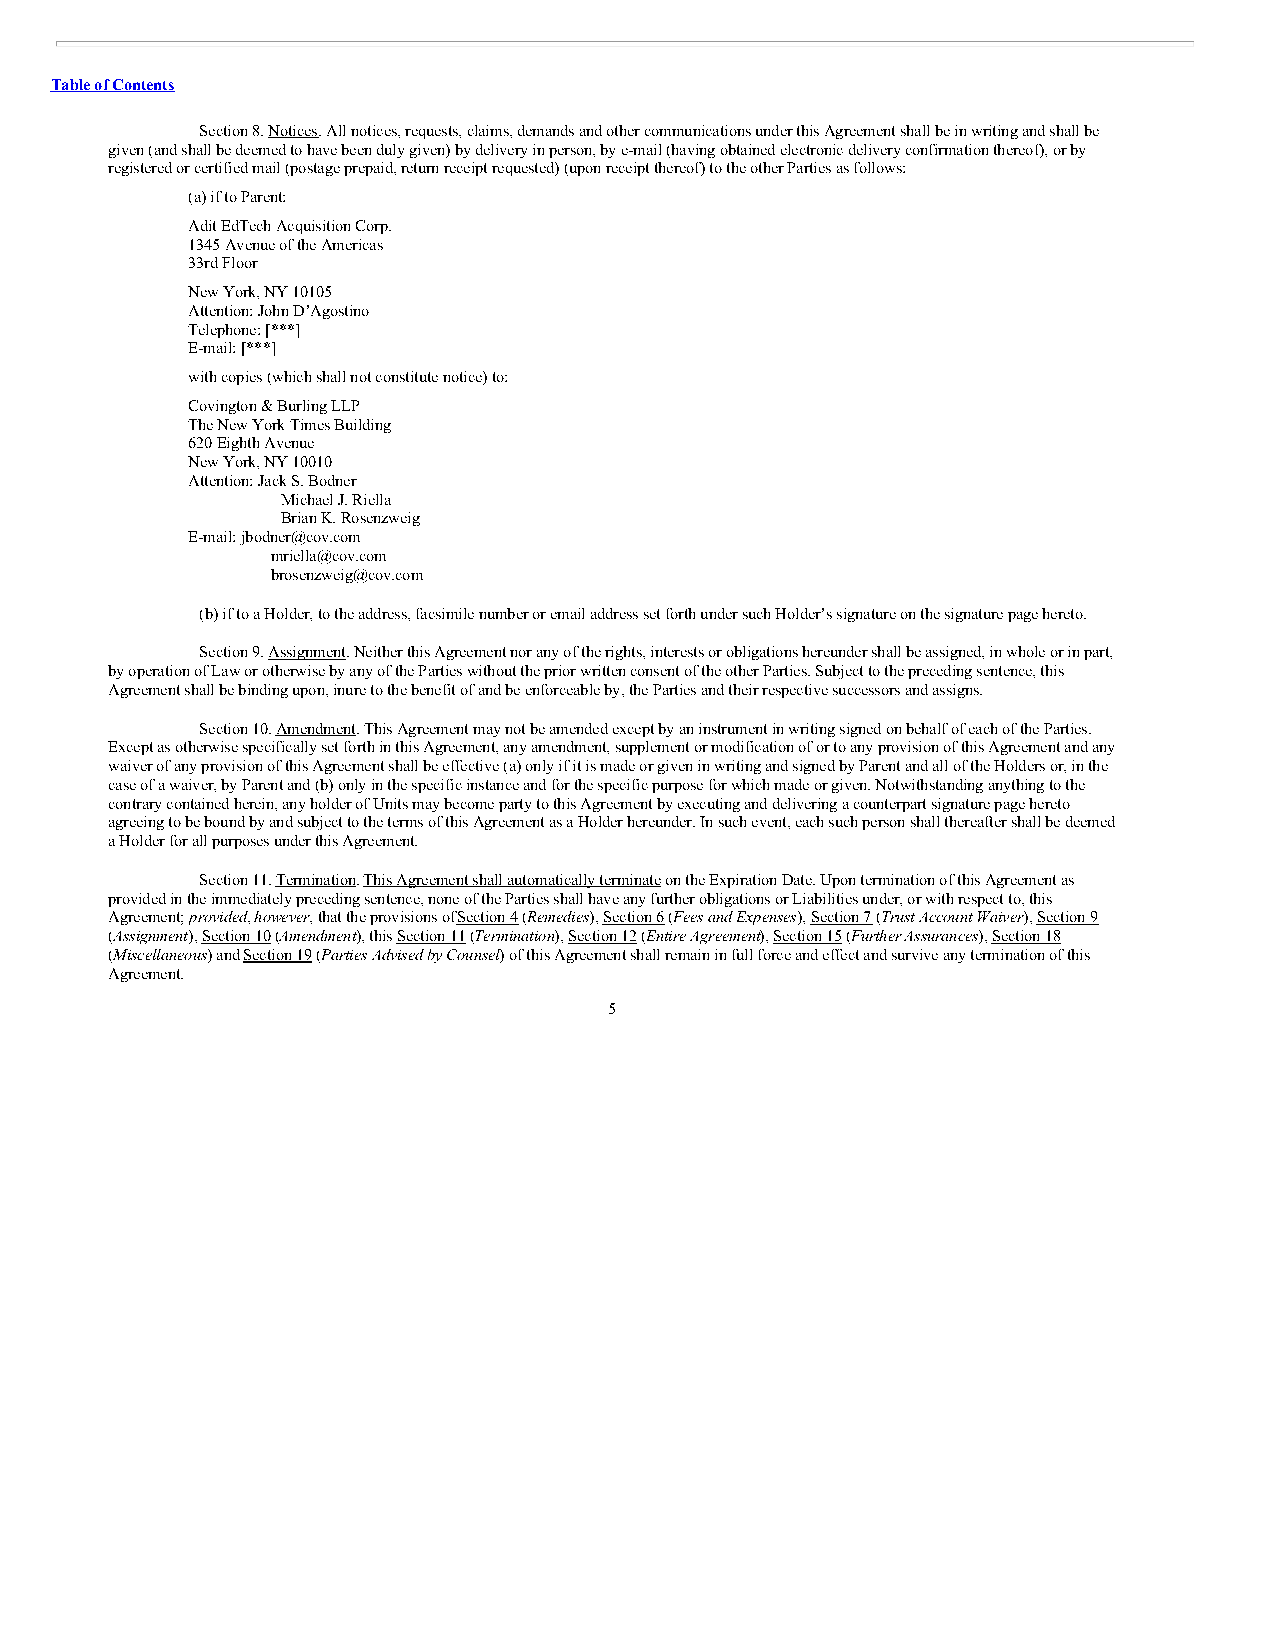
Table of Contents
 Section 8. Notices. All notices, requests, claims, demands and other communications under this Agreement shall be in writing and shall be
 given (and shall be deemed to have been duly given) by delivery in person, by e-mail (having obtained electronic delivery confirmation thereof), or by
 registered or certified mail (postage prepaid, return receipt requested) (upon receipt thereof) to the other Parties as follows:
 (a) if to Parent:
 Adit EdTech Acquisition Corp.
 1345 Avenue of the Americas
 33rd Floor
 New York, NY 10105
 Attention: John D’Agostino
 Telephone: [***]
 E-mail: [***]
 with copies (which shall not constitute notice) to:
 Covington & Burling LLP
 The New York Times Building
 620 Eighth Avenue
 New York, NY 10010
 Attention: Jack S. Bodner
 Michael J. Riella
 Brian K. Rosenzweig
 E-mail: jbodner@cov.com
 mriella@cov.com
 brosenzweig@cov.com
 (b) if to a Holder, to the address, facsimile number or email address set forth under such Holder’s signature on the signature page hereto.
 Section 9. Assignment. Neither this Agreement nor any of the rights, interests or obligations hereunder shall be assigned, in whole or in part,
 by operation of Law or otherwise by any of the Parties without the prior written consent of the other Parties. Subject to the preceding sentence, this
 Agreement shall be binding upon, inure to the benefit of and be enforceable by, the Parties and their respective successors and assigns.
 Section 10. Amendment. This Agreement may not be amended except by an instrument in writing signed on behalf of each of the Parties.
 Except as otherwise specifically set forth in this Agreement, any amendment, supplement or modification of or to any provision of this Agreement and any
 waiver of any provision of this Agreement shall be effective (a) only if it is made or given in writing and signed by Parent and all of the Holders or, in the
 case of a waiver, by Parent and (b) only in the specific instance and for the specific purpose for which made or given. Notwithstanding anything to the
 contrary contained herein, any holder of Units may become party to this Agreement by executing and delivering a counterpart signature page hereto
 agreeing to be bound by and subject to the terms of this Agreement as a Holder hereunder. In such event, each such person shall thereafter shall be deemed
 a Holder for all purposes under this Agreement.
 Section 11. Termination. This Agreement shall automatically terminate on the Expiration Date. Upon termination of this Agreement as
 provided in the immediately preceding sentence, none of the Parties shall have any further obligations or Liabilities under, or with respect to, this
 Agreement; provided, however, that the provisions of Section 4 (Remedies), Section 6 (Fees and Expenses), Section 7 (Trust Account Waiver), Section 9
 (Assignment), Section 10 (Amendment), this Section 11 (Termination), Section 12 (Entire Agreement), Section 15 (Further Assurances), Section 18
 (Miscellaneous) and Section 19 (Parties Advised by Counsel) of this Agreement shall remain in full force and effect and survive any termination of this
 Agreement.
 5